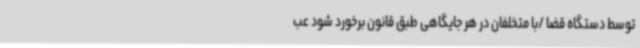
توسط دستگاه قضا /با متخلفان در هر جایگاهی طبق قانون برخورد شود عب